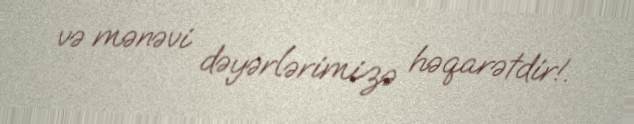
və mənəvi dəyərlərimizə həqarətdir!.